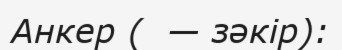
Анкер (  — зәкір):